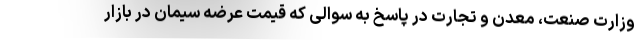
وزارت صنعت، معدن و تجارت در پاسخ به سوالی که قیمت عرضه سیمان در بازار